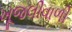
ખૂજલીવાળી